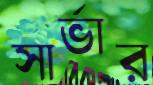
সার্ভার